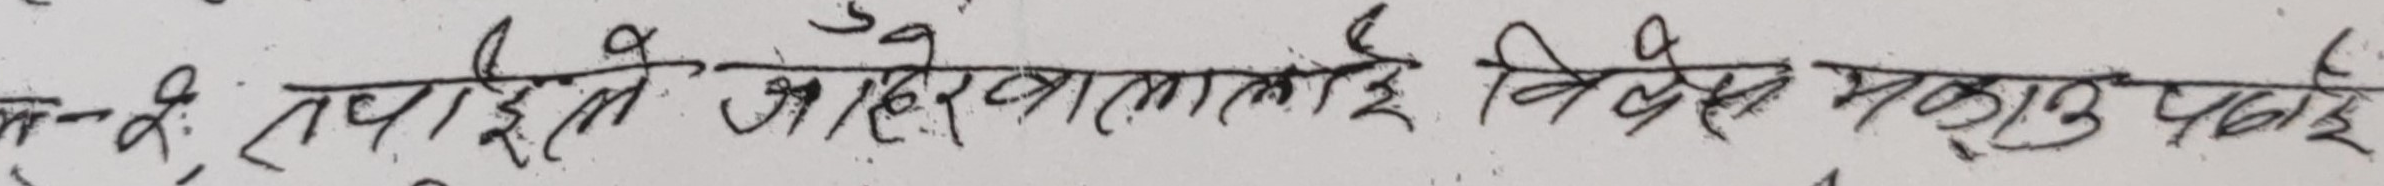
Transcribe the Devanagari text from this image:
न.नं. तपाइंको जहेरवालालाई निवेस मकडु पाई